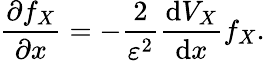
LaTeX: \frac{\partial f_{X}}{\partial x}=-\frac{2}{\varepsilon^{2}}\frac{\mathrm{d}V_{X}}{\mathrm{d}x}f_{X}.